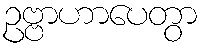
ဥဗ္ဗာဟာပေတွာ